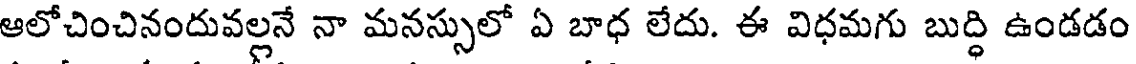
ఆలోచించినందువల్లనే నా మనస్సులో ఏ బాధ లేదు. ఈ విధమగు బుద్ధి ఉండడం